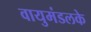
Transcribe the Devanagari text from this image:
वायुमंडलके